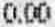
0.00